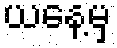
ယနေ့မှ